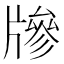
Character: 𤗲